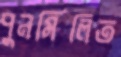
পুনর্মিলিত